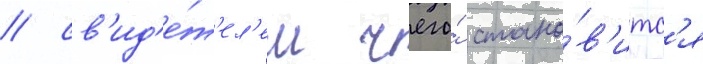
/ св'ид'е́т'ел'ем чего́ стано́в'итс'я